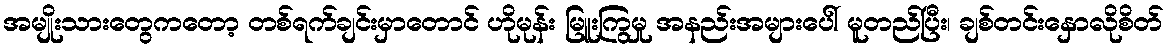
အမျိုးသားတွေကတော့ တစ်ရက်ချင်းမှာတောင် ဟိုမုန်း မြူးကြွမှု အနည်းအများပေါ် မူတည်ပြီး၊ ချစ်တင်းနှောလိုစိတ်